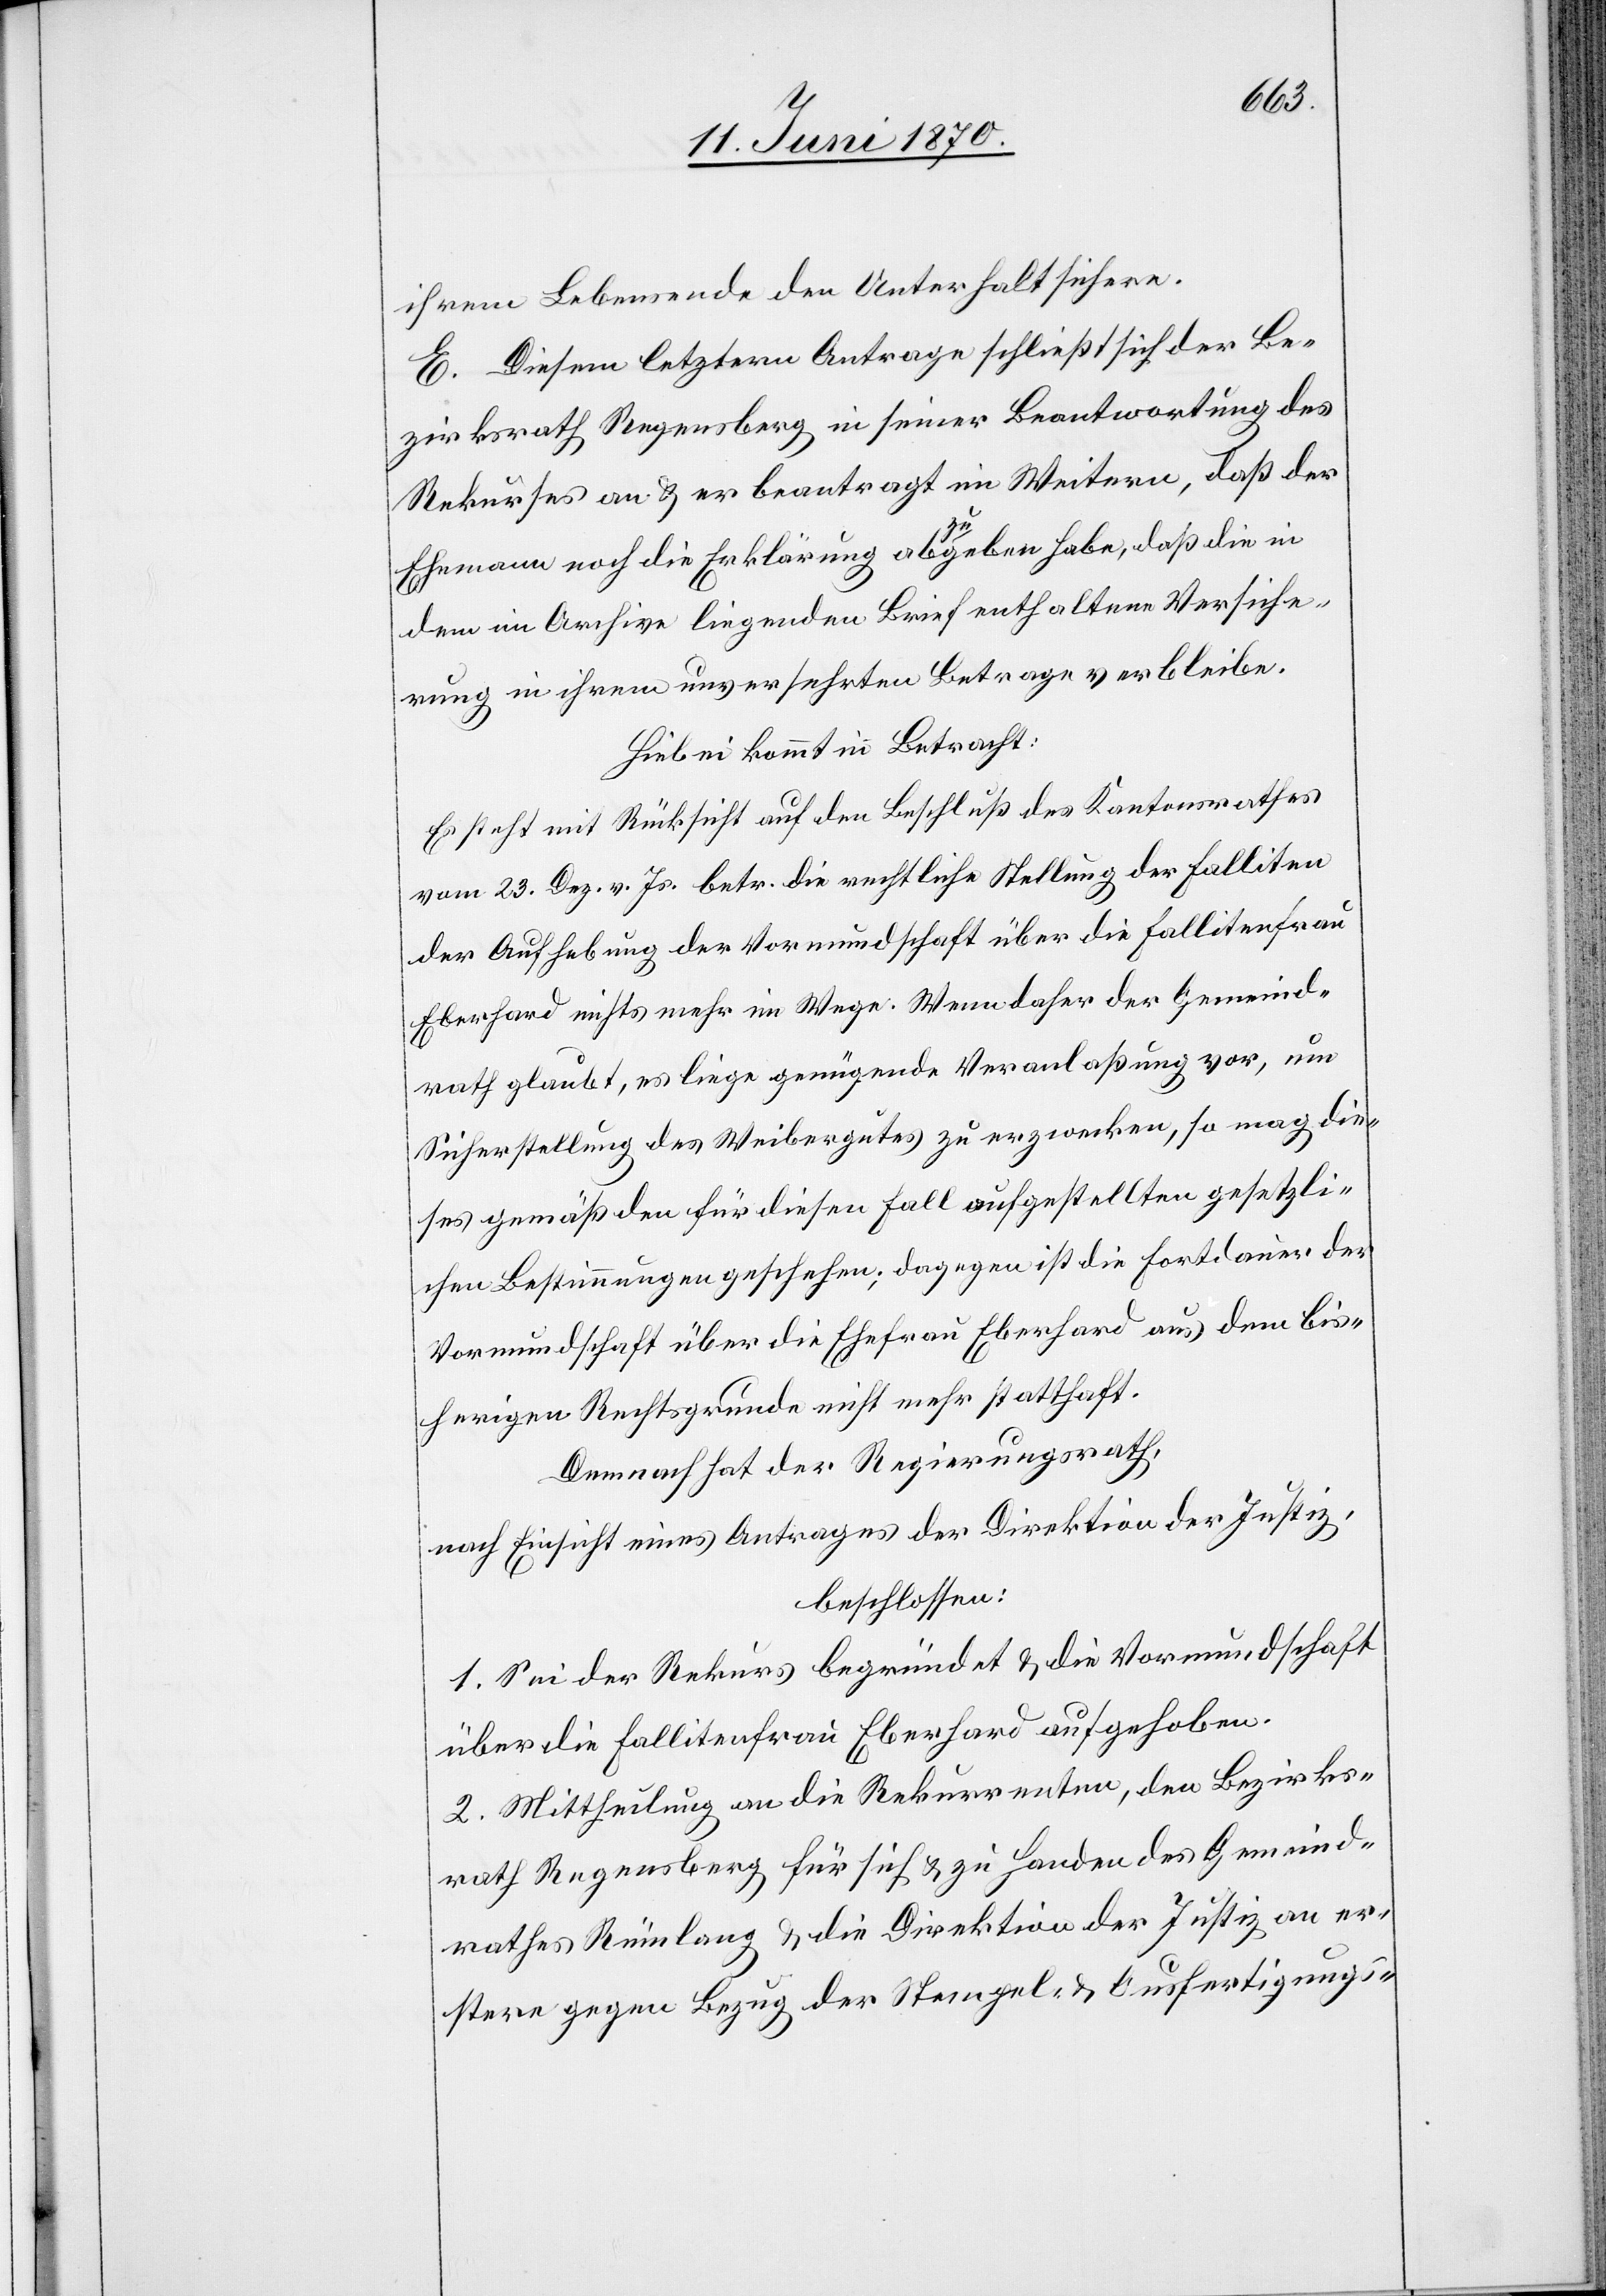
ihrem Lebensende den Unterhalt sichern.
E. Diesem letztern Antrage schließt sich der Be¬
zirksrath Regensberg in seiner Beantwortung des
Rekurses an & er beantragt im Weitern, daß der
Ehemann noch die Erklärung abzugeben habe, daß die in
dem im Archive liegenden Brief enthaltene Versiche¬
rung in ihrem unversehrten Betrage verbleibe.
Hiebei kommt in Betracht:
Es steht mit Rücksicht auf den Beschluß des Kantonsrathes
vom 23. Dez. v. Js. betr. die rechtliche Stellung der Falliten
der Aufhebung der Vormundschaft über die Fallitenfrau
Eberhard nichts mehr im Wege. Wenn daher der Gemeind¬
rath glaubt, es liege genügende Veranlaßung vor, um
Sicherstellung des Weibergutes zu erzwecken, so mag die¬
ses gemäß den für diesen Fall aufgestellten gesetzli¬
chen Bestimmungen geschehen; dagegen ist die Fortdauer der
Vormundschaft über die Ehefrau Eberhard aus dem bis¬
herigen Rechtsgrunde nicht mehr statthaft.
Demnach hat der Regierungsrath,
nach Einsicht eines Antrages der Direktion der Justiz,
beschlossen:
1. Sei der Rekurs begründet & die Vormundschaft
über die Fallitenfrau Eberhard aufgehoben.
2. Mittheilung an die Rekurrenten, den Bezirks¬
rath Regensberg für sich & zu Handen des Gemeind¬
rathes Rümlang & die Direktion der Justiz an er¬
stere gegen Bezug der Stempel- & Ausfertigungs-